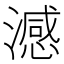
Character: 澸